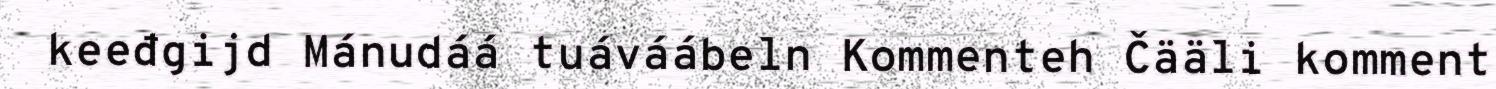
keeđgijd Mánudáá tuáváábeln Kommenteh Čääli komment